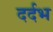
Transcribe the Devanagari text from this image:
दर्दभ